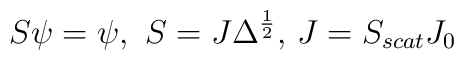
S\psi =\psi ,\,\,S=J\Delta ^{\frac{1}{2}},\,J=S_{scat}J_{0}